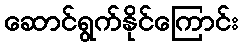
ဆောင်ရွက်နိုင်ကြောင်း